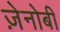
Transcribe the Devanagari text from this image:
ज़ेनोबी